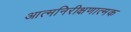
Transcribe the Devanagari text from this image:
आत्मनिरीक्षणात्मक